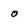
Character: o